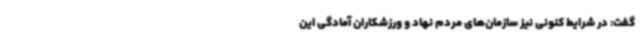
گفت: در شرایط کنونی نیز سازمان‌های مردم نهاد و ورزشکاران آمادگی این